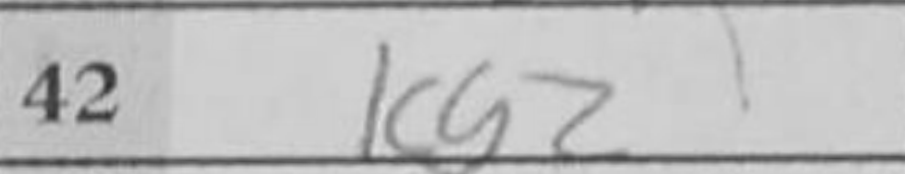
Transcription: Kg2